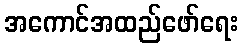
အကောင်အထည်ဖော်ရေး